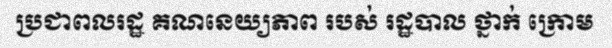
ប្រជាពលរដ្ឋ គណនេយ្យភាព របស់ រដ្ឋបាល ថ្នាក់ ក្រោម